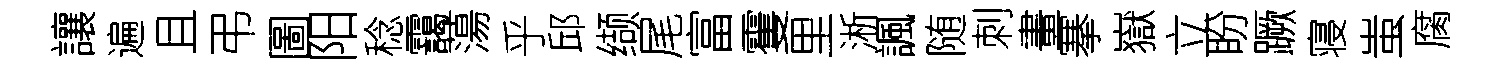
讓遍且弔圖阳稔靄蕩乎邱缬尾富䨥里淅諷随刺畫搴嶽立盼蹶寝蚩腐